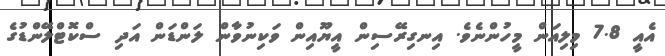
އެއީ 7.8 މިލިއަން މީހުންނެވެ. އިނގިރޭސިން އީޔޫއިން ވަކިނުވާން ލަންޑަން އަދި ސްކޮޓްލޭންޑުގެ